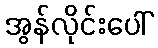
အွန်လိုင်းပေါ်